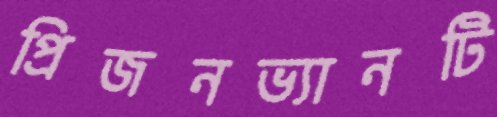
প্রিজনভ্যানটি